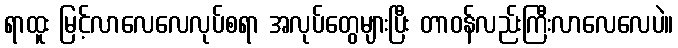
ရာထူး မြင့်လာလေလေလုပ်စရာ အလုပ်တွေများပြီး တာဝန်လည်းကြီးလာလေလေပဲ။